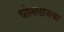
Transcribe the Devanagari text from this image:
चोलाराजचा